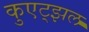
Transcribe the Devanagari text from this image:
कुएट्झल